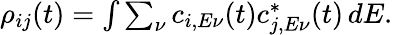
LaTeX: \begin{array}{r}{\rho_{ij}(t)=\int\sum_{\nu}c_{i,E\nu}(t)c_{j,E\nu}^{\ast}(t)\, dE.}\end{array}